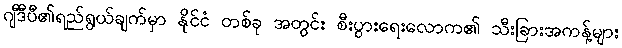
ဂျီဒီပီ၏ရည်ရွယ်ချက်မှာ နိုင်ငံ တစ်ခု အတွင်း စီးပွားရေးလောက၏ သီးခြားအကန့်များ